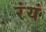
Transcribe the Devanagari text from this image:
रंयं